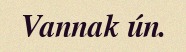
Vannak ún.